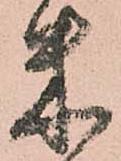
米